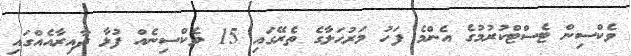
ވެކްސިން ޓެސްޓްކުރުމުގެ އެންމެ ފަހު މަރުޙަލާގެ ތެރޭގައި 15 ވެކްސިނެއް ފުޅާ ދާއިރާއެއްގައި